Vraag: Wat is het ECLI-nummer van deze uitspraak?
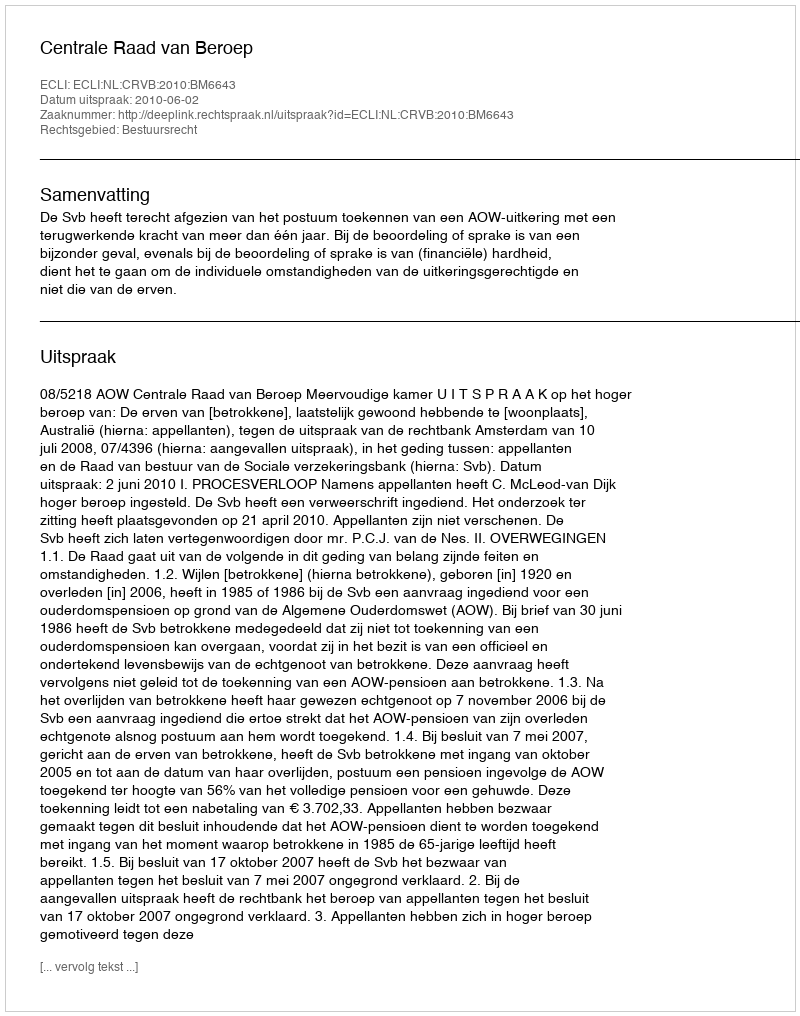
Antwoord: ECLI:NL:CRVB:2010:BM6643